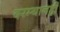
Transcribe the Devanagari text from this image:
दरम्यानही